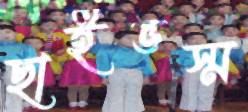
ছাইভস্ম